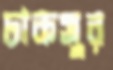
ঢাকসুর